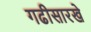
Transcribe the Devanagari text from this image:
गढीसारखे